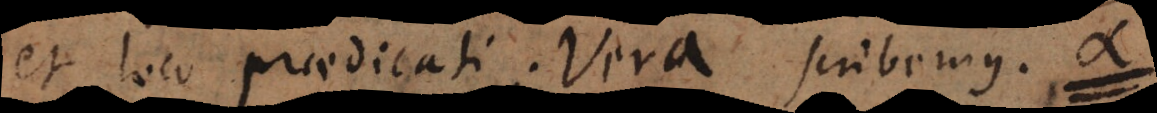
et loco praedicati vera scribemus α.